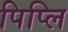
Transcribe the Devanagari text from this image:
पिप्लि